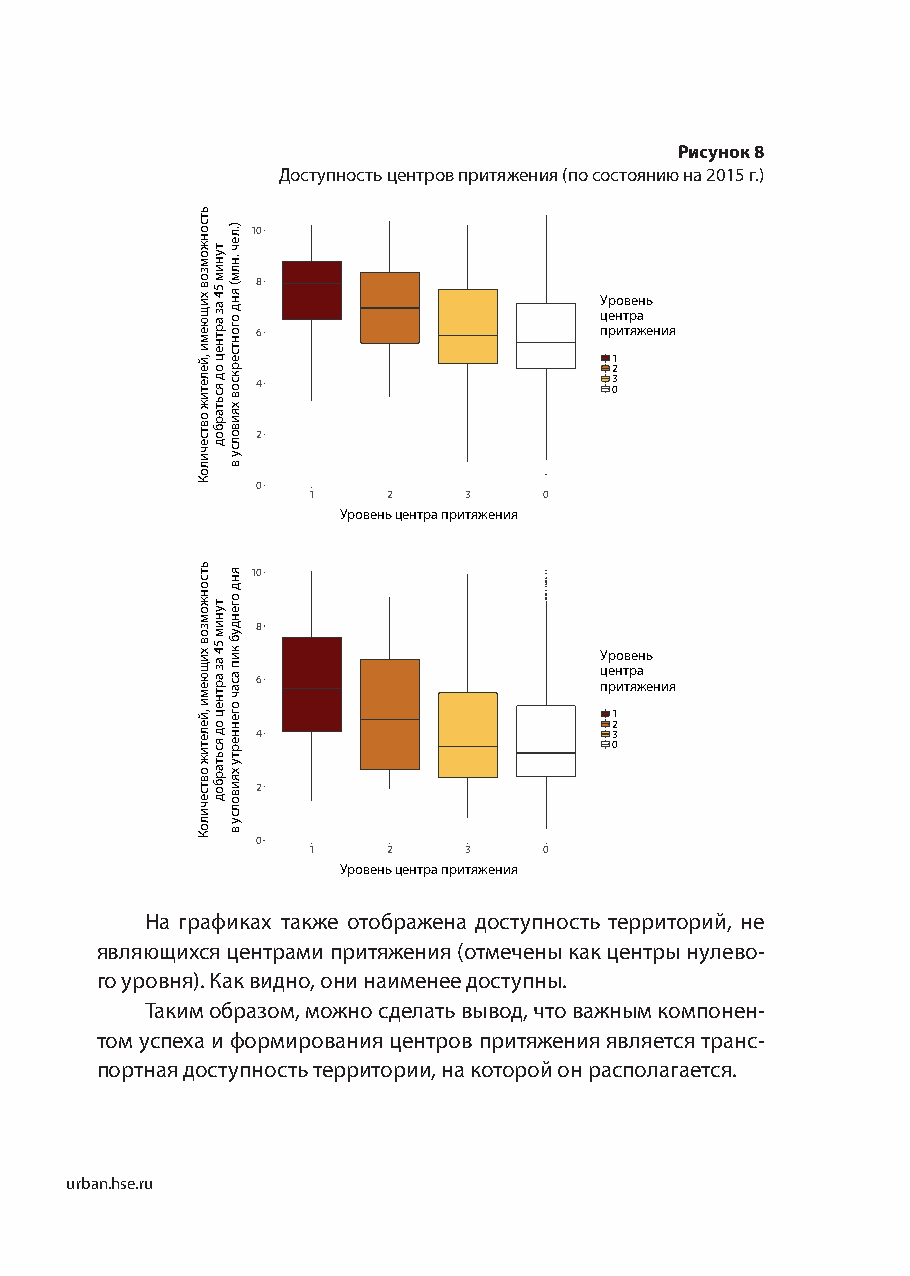
Рисунок 8
 Доступность центров притяжения (по состоянию на 2015 г.)
 10
 8
 Уровень
 центра
 6                      притяжения
 1
 2
 4                      3 0
 2
 0
 1     2    3    0
 Уровень центра притяжения
 10
 8
 Уровень
 центра 6 притяжения
 1
 2
 4                      3
 0
 2
 0
 1     2    3    0
 Уровень центра притяжения
 На графиках также отображена доступность территорий, не
 являющихся центрами притяжения (отмечены как центры нулево-
 го уровня). Как видно, они наименее доступны.
 Таким образом, можно сделать вывод, что важным компонен-
 том успеха и формирования центров притяжения является транс-
 портная доступность территории, на которой он располагается.
 urban.hse.ru
 ьтсонжомзов
 хищюеми
 ,йелетиж
 овтсечилоК
 ьтсонжомзов
 хищюеми
 ,йелетиж
 овтсечилоК
 туним
 54
 аз
 артнец
 од
 ясьтарбод
 туним
 54
 аз
 артнец
 од
 ясьтарбод
 ).леч
 .нлм(
 янд
 огонтсерксов
 хяиволсу
 в
 янд
 огендуб
 кип
 асач
 огеннерту
 хяиволсу
 в